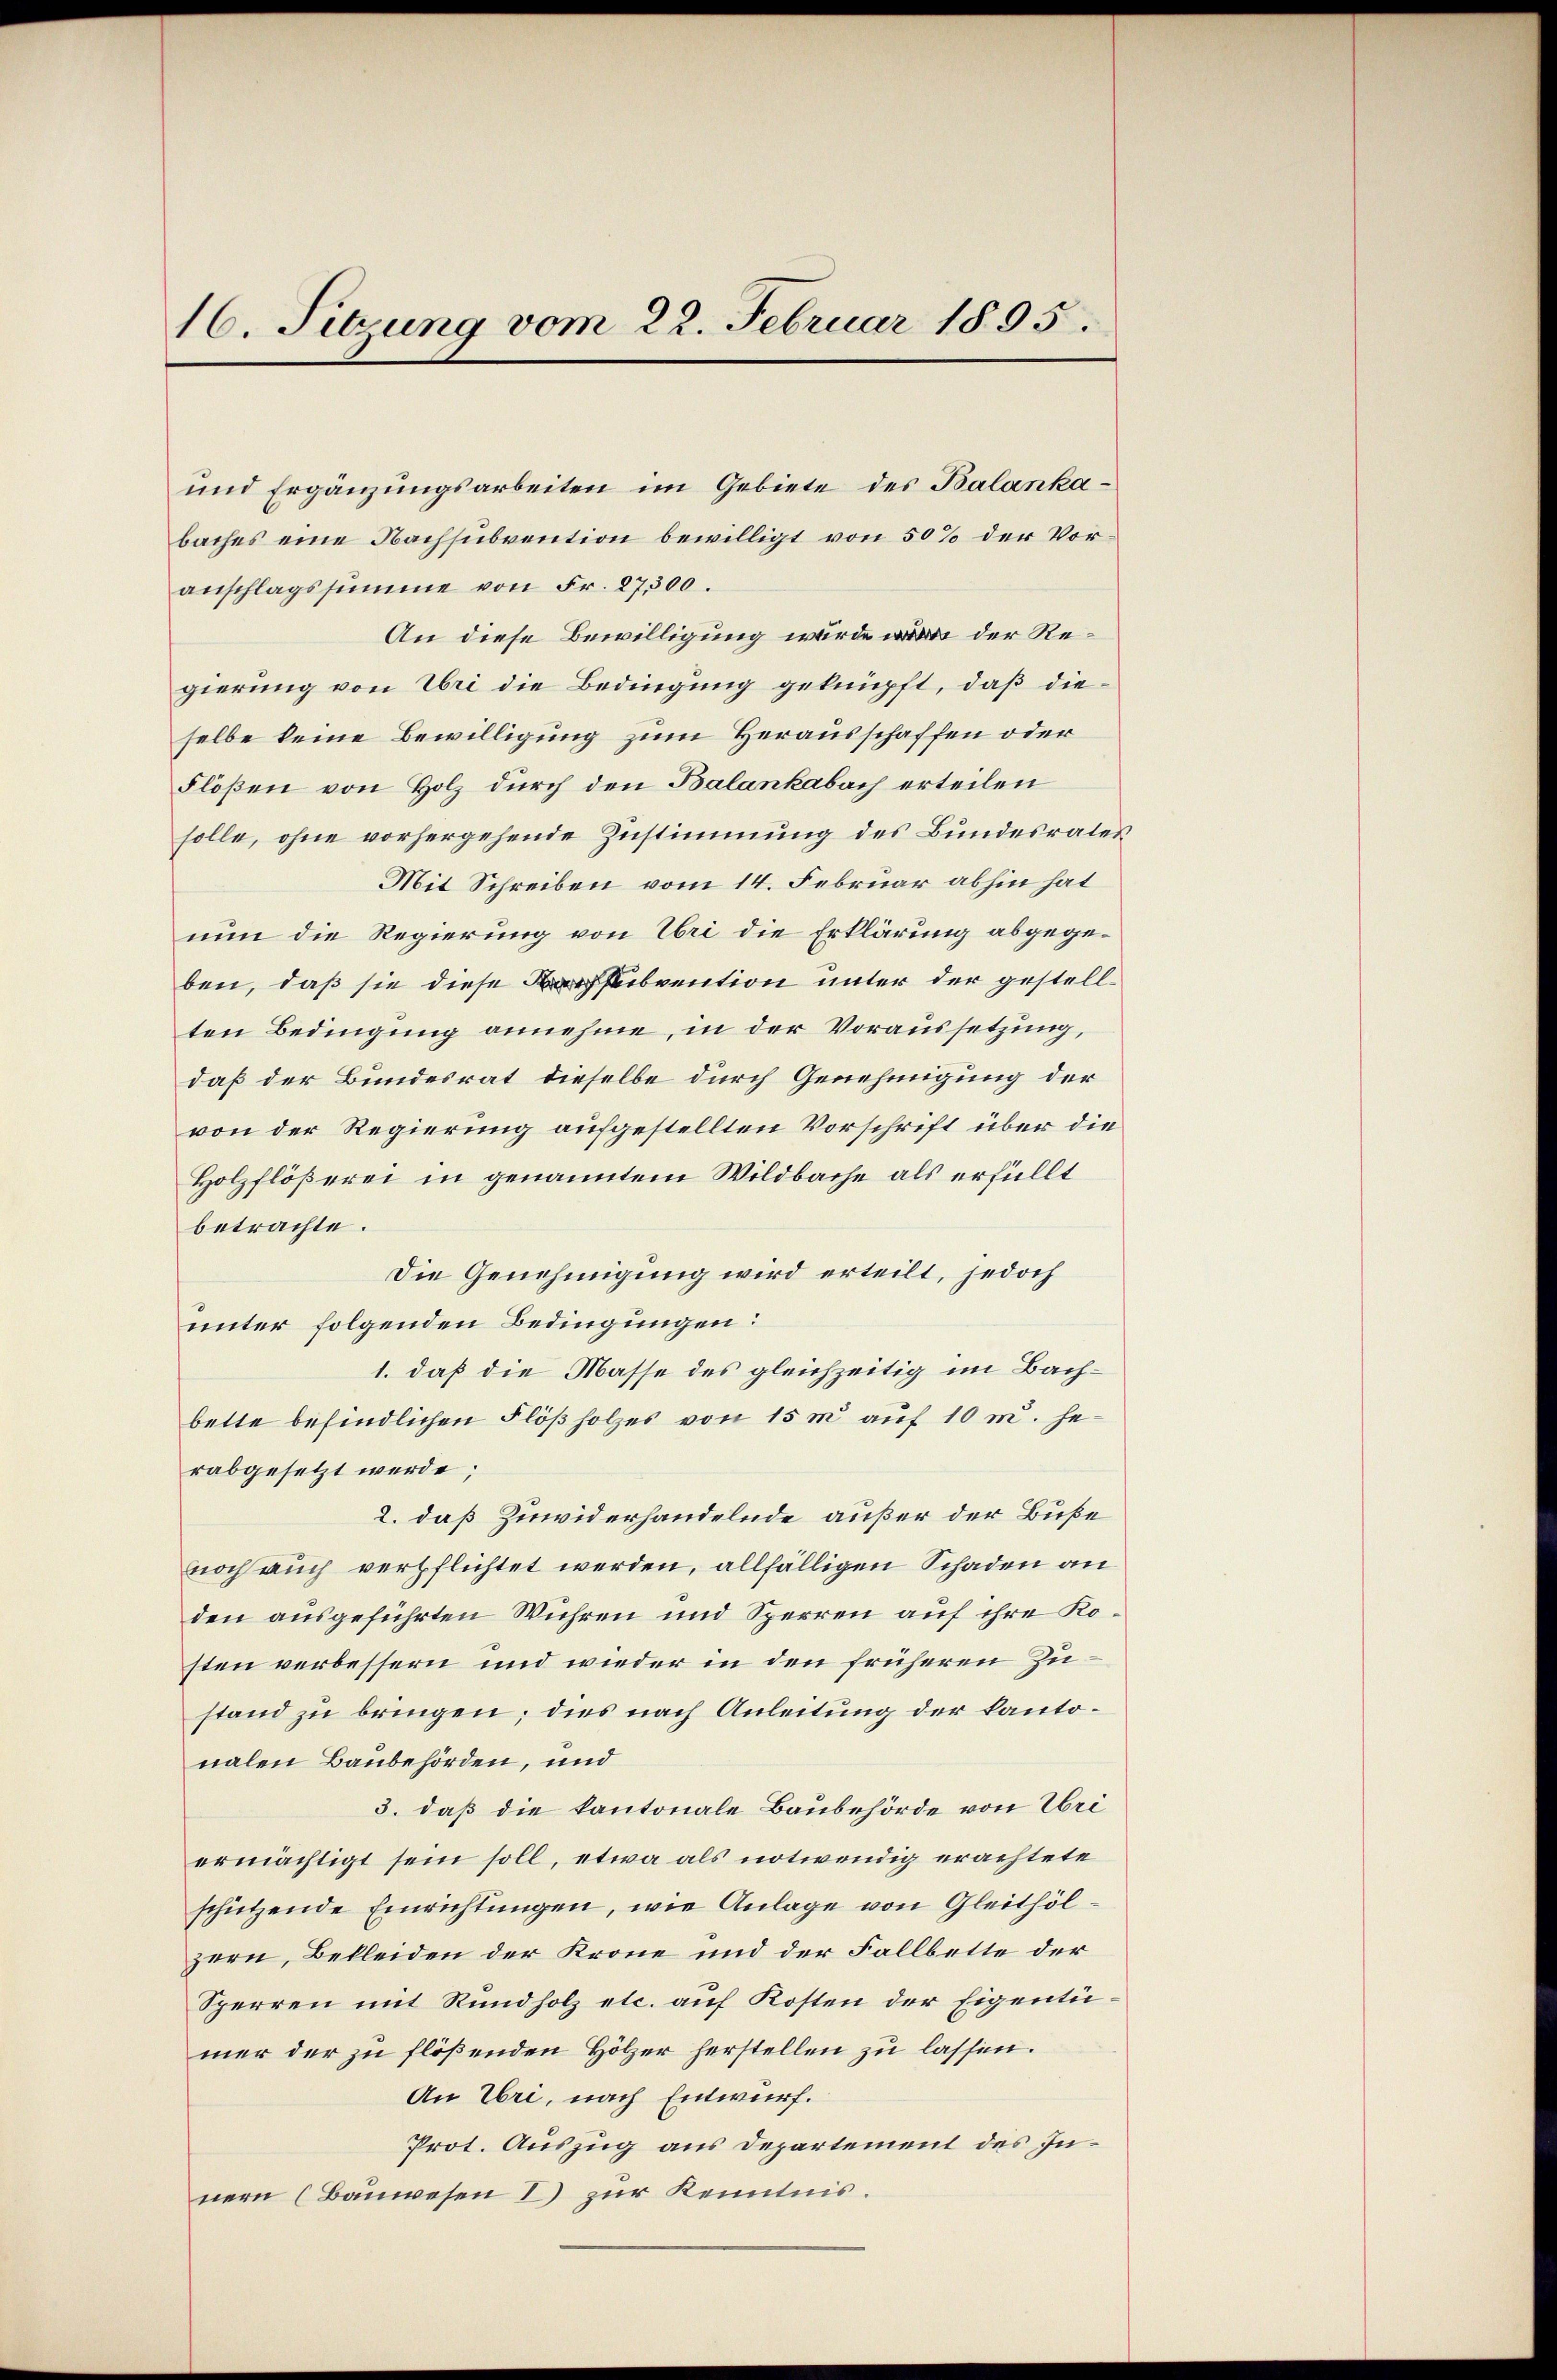
16. Sitzung vom 22. Februar 1895.

und Ergänzungsarbeiten im Gebiete des Balankabaches eine Nachsubvention bewilligt von 50% der Voranschlagssumme von Fr. 27,300.
An diese Bewilligung wurde der Regierung von Uri die Bedingung geknüpft, daß dieselbe keine Bewilligung zum Herausschaffen oder
Floßen von Holz durch den Balankabach erteilen
solle, ohne vorhergehende Zustimmung des Bundesrates
Mit Schreiben vom 14. Februar abhin hat
nun die Regierung von Uri die Erklärung abgegeben, daß sie diese subvention unter der gestellten Bedingung annehme, in der Voraussetzung,
daß der Bundesrat dieselbe durch Genehmigung der
von der Regierung aufgestellten Vorschrift über die
Holzflößerei in genanntem Wildbache als erfüllt
betrachte.
Die Genehmigung wird erteilt, jedoch
unter folgenden Bedingungen:
1. daß die Masse des gleichzeitig im Bachbette befindlichen Flößholzes von 15 m auf 10 m. herabgesetzt werde;
2. daß Zuwiderhandelnde außer der Buße
noch auch verpflichtet werden, allfälligen Schaden an
den ausgeführten Wühren und Sperren auf ihre Kosten verbessern und wieder in den früheren Zustand zu bringen; dies nach Anleitung der kantonalen Baubehörden, und
3. daß die kantonale Baubehörde von Uri
ermächtigt sein soll, etwa als notwendig erachtete
schützende Einrichtungen, wie Anlage von Gleithölzern, Bekleiden der Krone und der Fallbette der
Sperren mit Rundholz etc. auf Kosten der Eigentumer der zu flößenden Hölzer herstellen zu lassen.
An Uri, nach Entwurf.
Prot. Auszug aus Departement des Innern (Bauwesen I zur Kenntnis.